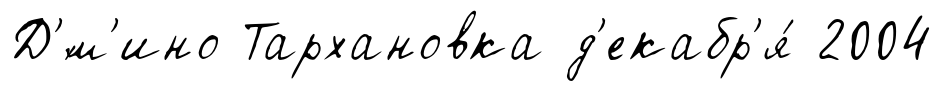
Д'́м'ино Тархановка д'екабр'я́ 2004